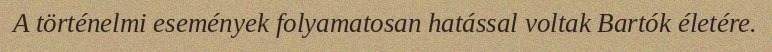
A történelmi események folyamatosan hatással voltak Bartók életére.